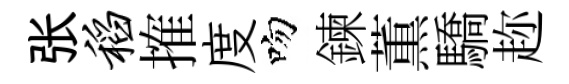
张稻搉度吻鍊薫驕趂